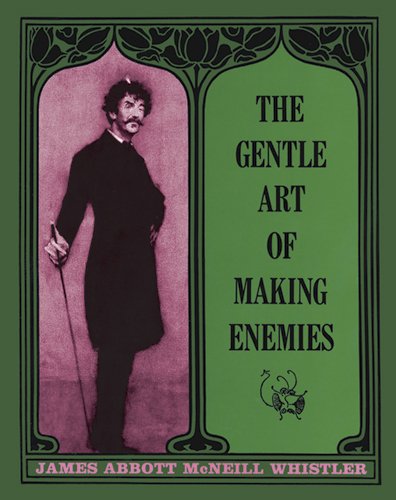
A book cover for The Gentle Art of Making Enemies (Dover Fine Art, History of Art); James M. Whistler; Humor & Entertainment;